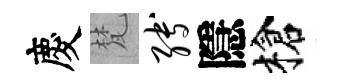
慶梵缚隱槍